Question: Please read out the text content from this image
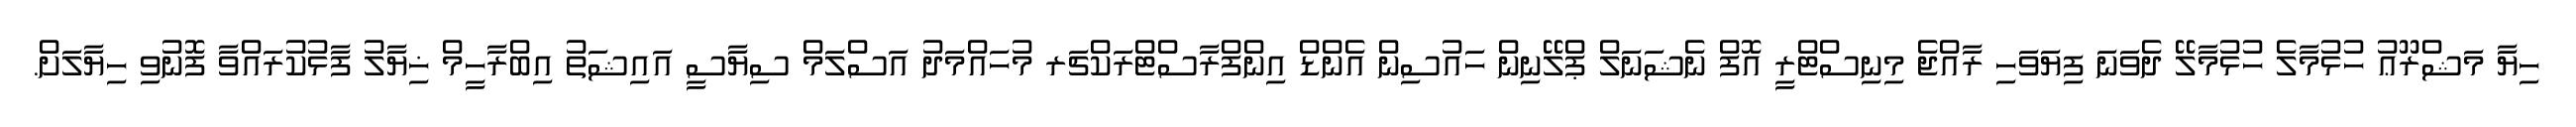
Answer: ހިޔާ މަޝްރޫޢު ހުޅުމާލެ ހުޅުމާލޭ ދެވަނަ ފިޔަވަހި ރާއްޖެ މިނިސްޓްރީ އޮފް ނެޝަނަލް ޕްލޭނިން ހައުސިން އެންޑް އިންފްރާސްޓްރަކްޗަރ މުހައްމަދު އަސްލަމް ސިޔާސީ އައިޝަތު އިބްރާހީމް ޚިޔާލު ފާޅުކުރައްވާ ފޮނުވި ހިޔާލަށް.